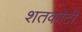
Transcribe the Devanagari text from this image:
शतकोटी